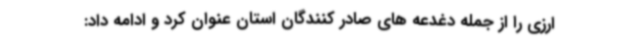
ارزی را از جمله دغدعه های صادر کنندگان استان عنوان کرد و ادامه داد: